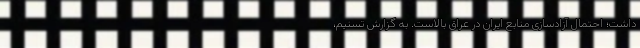
داشت؛ احتمال آزادسازی منابع ایران در عراق بالاست. به گزارش تسنیم،